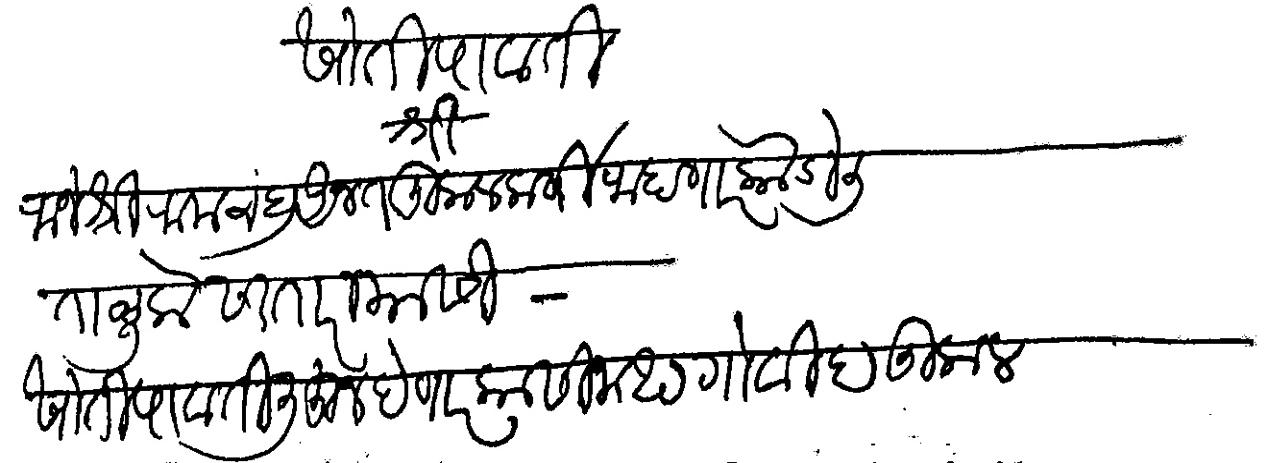
Transliteration (Devanagari): श्री राजेश्री रामचंद्र अनंत कुलकर्णी राहाणार कोडोली तालुके सातारा यांसी खोती पावती लिहून देणार कासीनाथ गोविंद कुलकर्णी